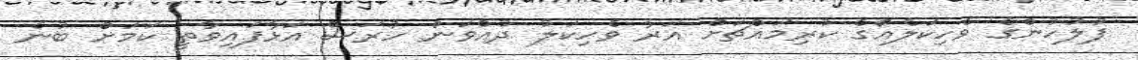
ފުލުހުންގެ ވެހިކަލެއްގެ ކުރިމައްޗަށް އަރާ ވެހިކަލު ދުއްވަން ހުރަސް އަޅާފައިވާތީ ކަމަށް ބުނެ